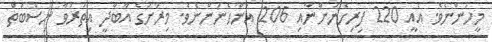
މީހުންނެވެ. އެއީ 220 ފިރިހެނުންނާއި 206 އަންހެނުންނެވެ. މިރަށުގެ އާބާދީ އިތުރުވާ ނިސްބަތް